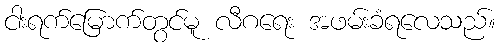
ငါးရက်မြောက်တွင်မူ လီဂရေး အဖမ်းခံရလေသည်။